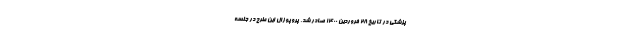
پزشکی در تاریخ ۲۸ فروردین ۱۴۰۰ صادر شد. پروپوزال این طرح در جلسه